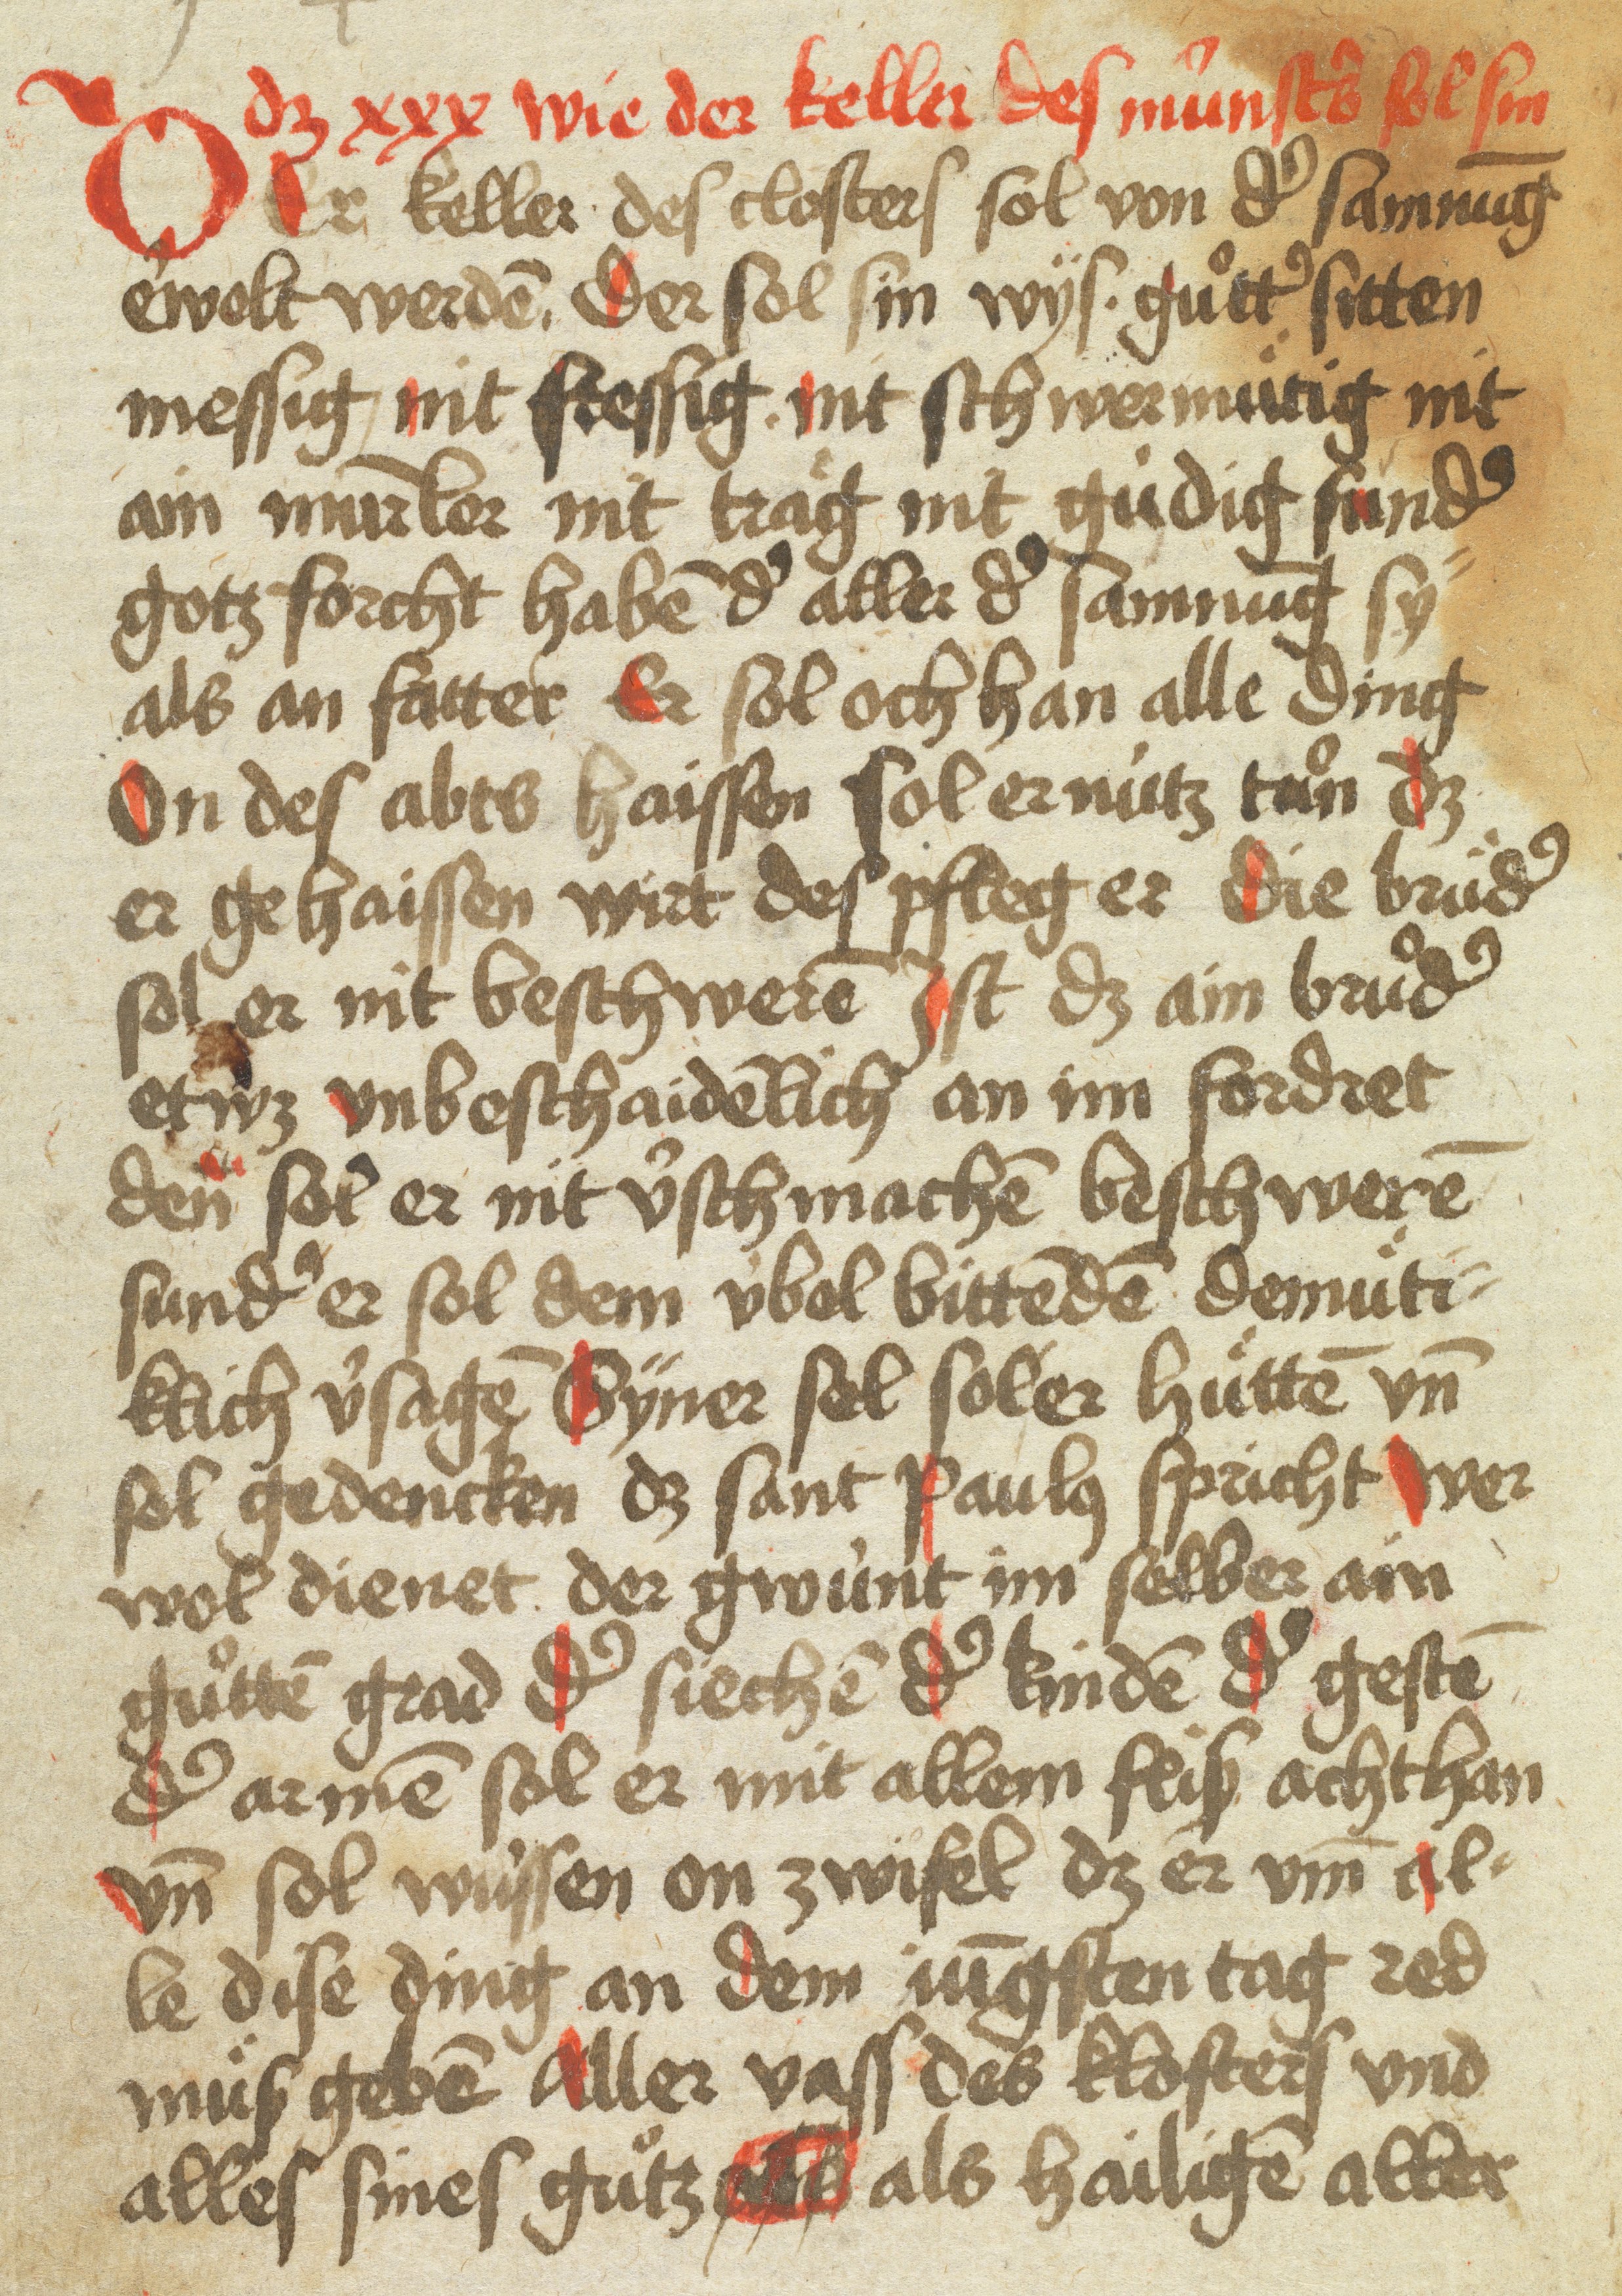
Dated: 1400–1599